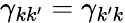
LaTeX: \gamma_{kk^{\prime}}=\gamma_{k^{\prime}k}